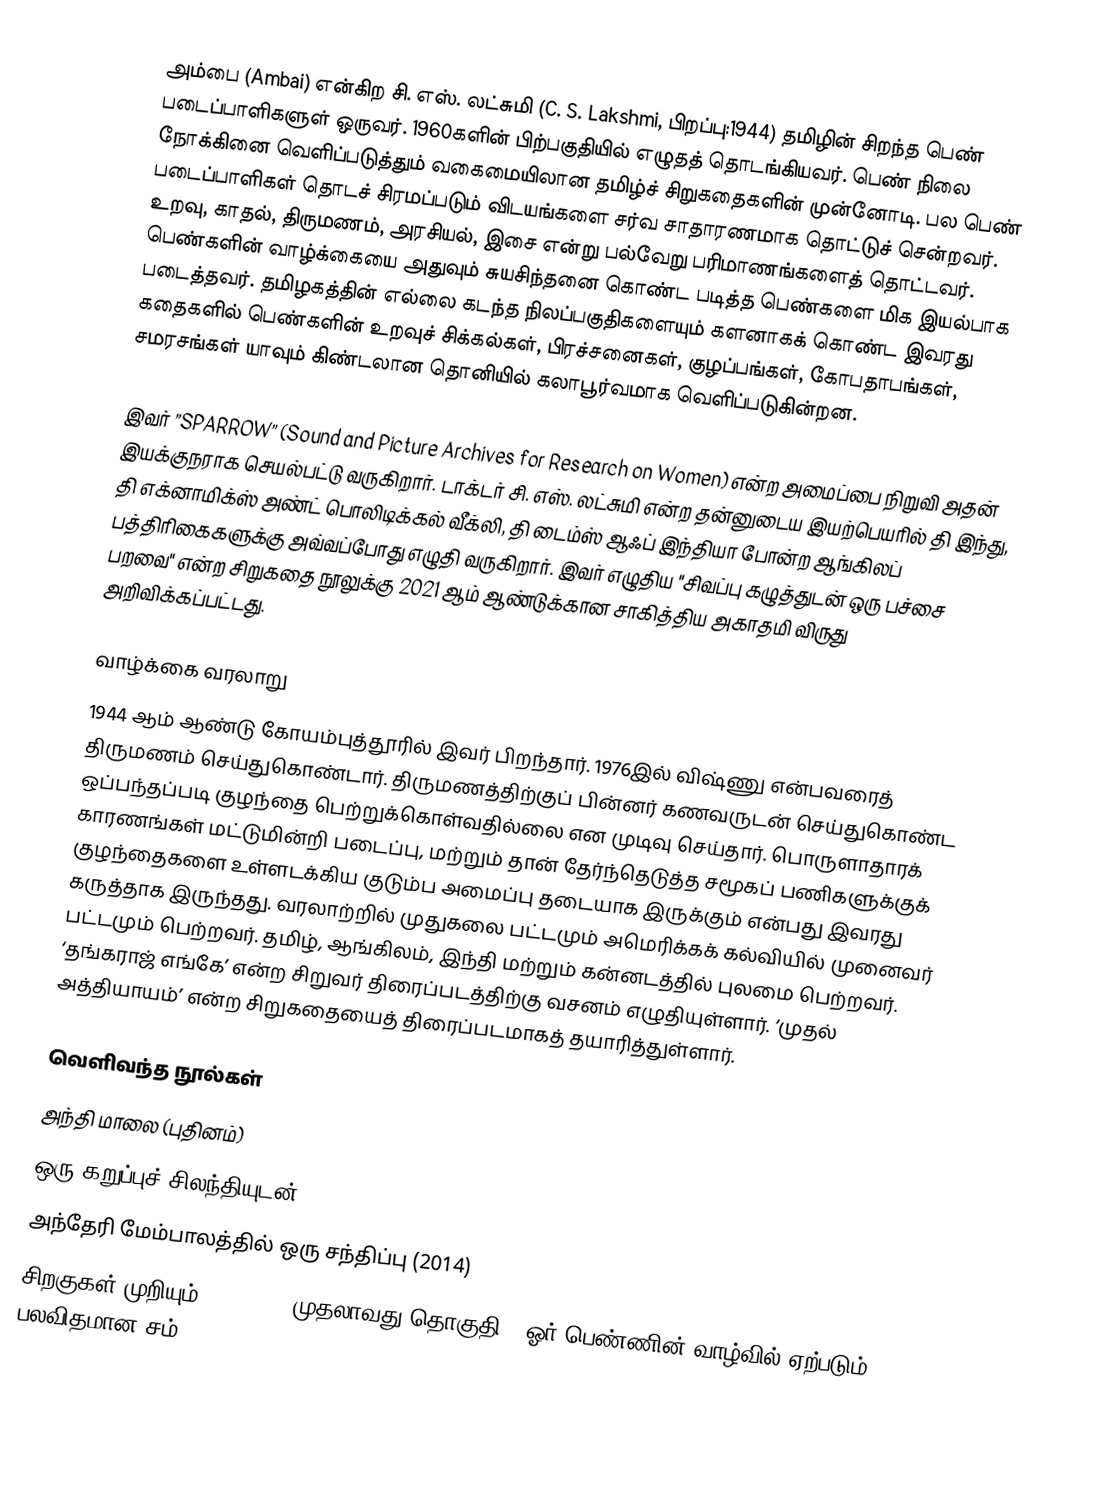
அம்பை (Ambai) என்கிற சி. எஸ். லட்சுமி (C. S. Lakshmi, பிறப்பு:1944) தமிழின் சிறந்த பெண் படைப்பாளிகளுள் ஒருவர். 1960களின் பிற்பகுதியில் எழுதத் தொடங்கியவர். பெண் நிலை நோக்கினை வெளிப்படுத்தும் வகைமையிலான தமிழ்ச் சிறுகதைகளின் முன்னோடி. பல பெண் படைப்பாளிகள் தொடச் சிரமப்படும் விடயங்களை சர்வ சாதாரணமாக தொட்டுச் சென்றவர். உறவு, காதல், திருமணம், அரசியல், இசை என்று பல்வேறு பரிமாணங்களைத் தொட்டவர். பெண்களின் வாழ்க்கையை அதுவும் சுயசிந்தனை கொண்ட படித்த பெண்களை மிக இயல்பாக படைத்தவர். தமிழகத்தின் எல்லை கடந்த நிலப்பகுதிகளையும் களனாகக் கொண்ட இவரது கதைகளில் பெண்களின் உறவுச் சிக்கல்கள், பிரச்சனைகள், குழப்பங்கள், கோபதாபங்கள், சமரசங்கள் யாவும் கிண்டலான தொனியில் கலாபூர்வமாக வெளிப்படுகின்றன.

இவர் ”SPARROW” (Sound and Picture Archives for Research on Women) என்ற அமைப்பை நிறுவி அதன் இயக்குநராக செயல்பட்டு வருகிறார். டாக்டர் சி. எஸ். லட்சுமி என்ற தன்னுடைய இயற்பெயரில் தி இந்து, தி எக்னாமிக்ஸ் அண்ட் பொலிடிக்கல் வீக்லி, தி டைம்ஸ் ஆஃப் இந்தியா போன்ற ஆங்கிலப் பத்திரிகைகளுக்கு அவ்வப்போது எழுதி வருகிறார். இவர் எழுதிய "சிவப்பு கழுத்துடன் ஒரு பச்சை பறவை" என்ற சிறுகதை நூலுக்கு 2021 ஆம் ஆண்டுக்கான சாகித்திய அகாதமி விருது அறிவிக்கப்பட்டது.

வாழ்க்கை வரலாறு
1944 ஆம் ஆண்டு கோயம்புத்தூரில் இவர் பிறந்தார். 1976இல் விஷ்ணு என்பவரைத் திருமணம் செய்துகொண்டார். திருமணத்திற்குப் பின்னர் கணவருடன் செய்துகொண்ட ஒப்பந்தப்படி குழந்தை பெற்றுக்கொள்வதில்லை என முடிவு செய்தார். பொருளாதாரக் காரணங்கள் மட்டுமின்றி படைப்பு, மற்றும் தான் தேர்ந்தெடுத்த சமூகப் பணிகளுக்குக் குழந்தைகளை உள்ளடக்கிய குடும்ப அமைப்பு தடையாக இருக்கும் என்பது இவரது கருத்தாக இருந்தது. வரலாற்றில் முதுகலை பட்டமும் அமெரிக்கக் கல்வியில் முனைவர் பட்டமும் பெற்றவர். தமிழ், ஆங்கிலம், இந்தி மற்றும் கன்னடத்தில் புலமை பெற்றவர். ‘தங்கராஜ் எங்கே’ என்ற சிறுவர் திரைப்படத்திற்கு வசனம் எழுதியுள்ளார். ‘முதல் அத்தியாயம்’ என்ற சிறுகதையைத் திரைப்படமாகத் தயாரித்துள்ளார்.

வெளிவந்த நூல்கள்
 அந்தி மாலை (புதினம்)
 ஒரு கறுப்புச் சிலந்தியுடன் (1988)
 அந்தேரி மேம்பாலத்தில் ஒரு சந்திப்பு (2014)
 சிறகுகள் முறியும் (1976) - (முதலாவது தொகுதி - ஓர் பெண்ணின் வாழ்வில் ஏற்படும் பலவிதமான சம்